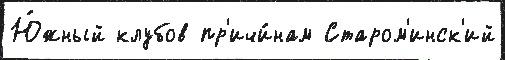
Ю́жный клубов пр'ичи́нам Старом'инск'ий